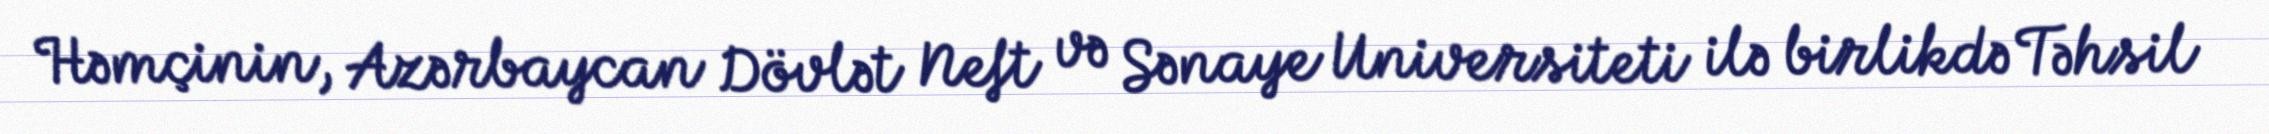
Həmçinin, Azərbaycan Dövlət Neft və Sənaye Universiteti ilə birlikdə Təhsil